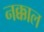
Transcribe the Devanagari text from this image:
नक्काल